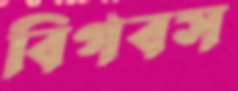
বিগবস